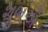
શૂભઐ